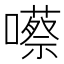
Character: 𡂠